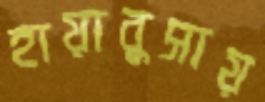
হায়াবুসায়